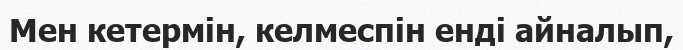
Мен кетермін, келмеспін енді айналып,